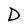
Character: D